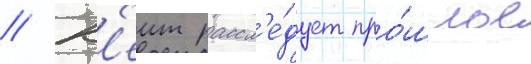
// К'еит рассл'е́дует про́шлое